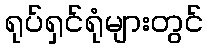
ရုပ်ရှင်ရုံများတွင်